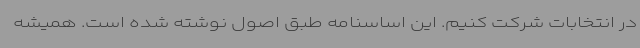
در انتخابات شرکت کنیم. این اساسنامه طبق اصول نوشته شده است. همیشه